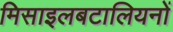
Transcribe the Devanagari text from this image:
मिसाइलबटालियनों